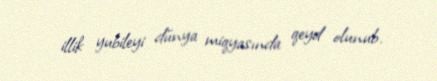
illik yubileyi dünya miqyasında qeyd olunub.